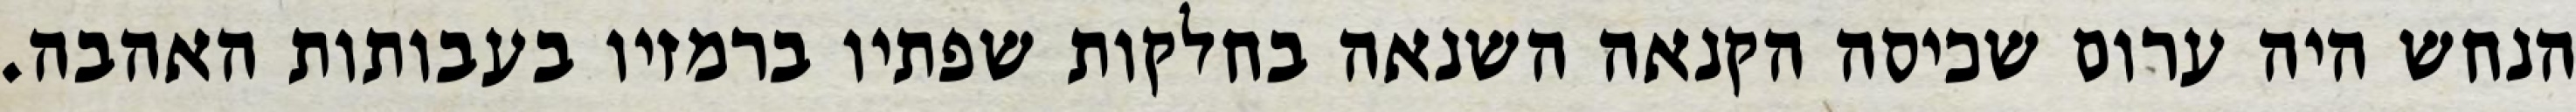
הנחש היה ערום שכיסה הקנאה השנאה בחלקות שפתיו ברמזיו בעבותות האהבה.